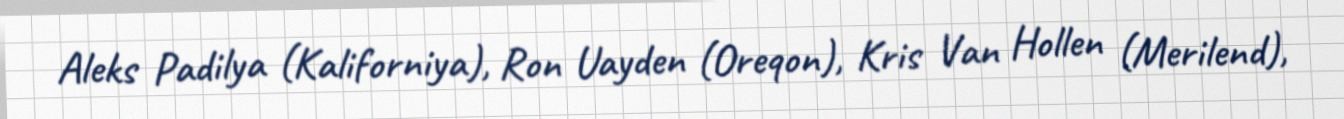
Aleks Padilya (Kaliforniya), Ron Uayden (Oreqon), Kris Van Hollen (Merilend),